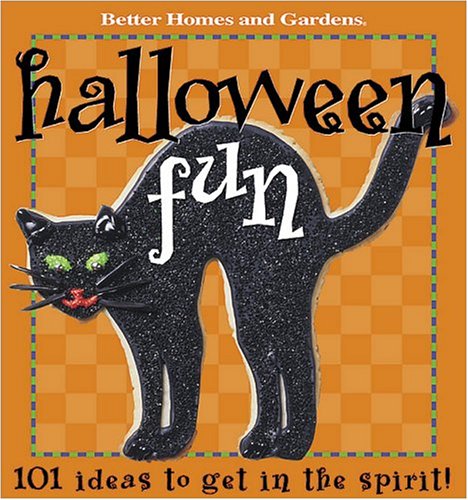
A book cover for Halloween Fun: 101 Ideas to get in the spirit (Better Homes & Gardens); Better Homes and Gardens Books; Cookbooks, Food & Wine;